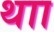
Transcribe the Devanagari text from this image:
थाा